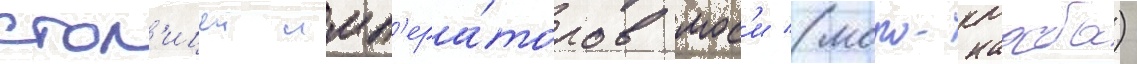
стол'ицеи имп'ера́торов мос'и (моро-нааба)